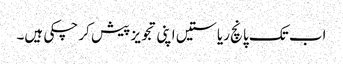
اب تک پانچ ریاستیں اپنی تجویز پیش کر چکی ہیں۔